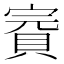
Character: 𧶉